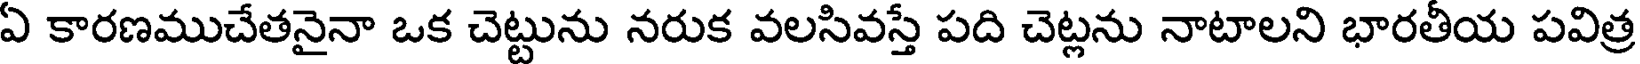
ఏ కారణముచేతనైనా ఒక చెట్టును నరుక వలసివస్తే పది చెట్లను నాటాలని భారతీయ పవిత్ర